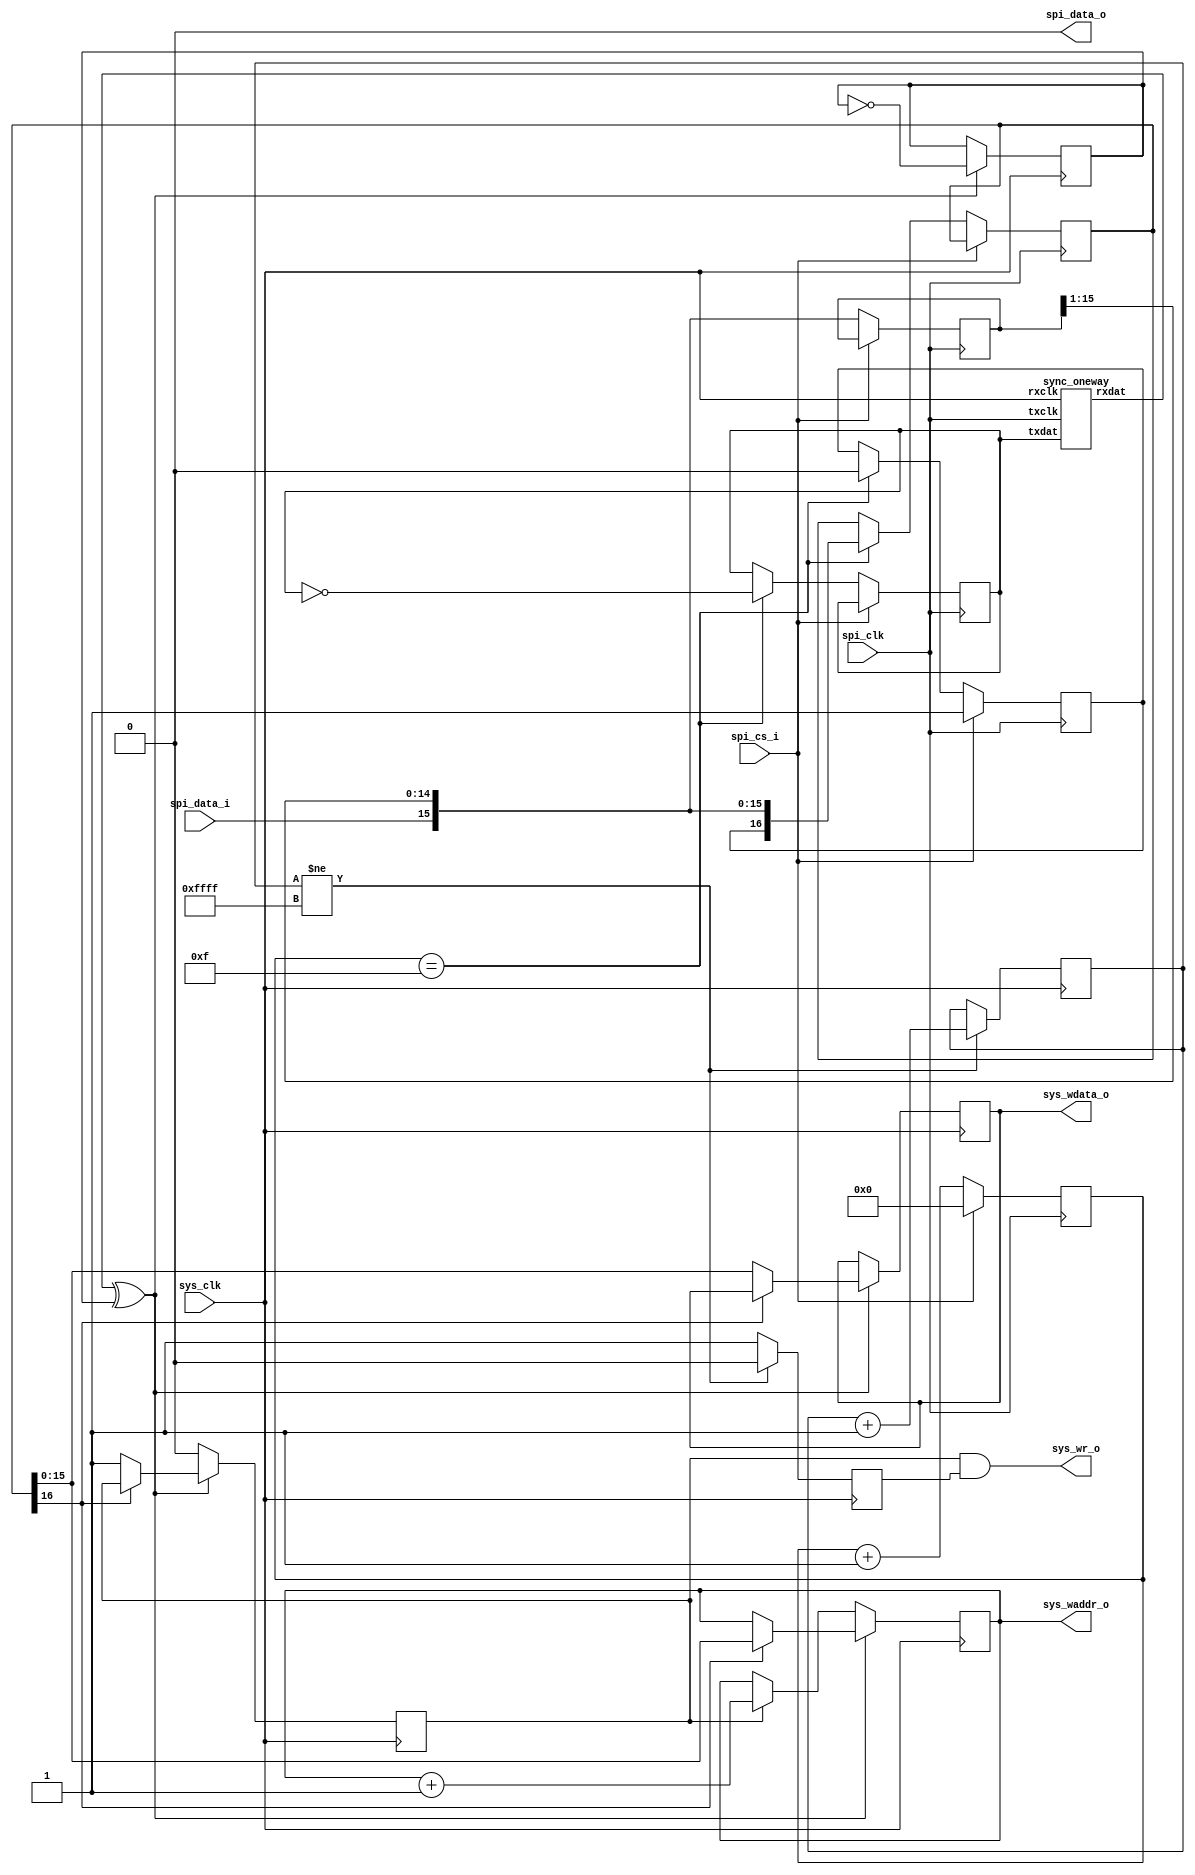
// Copyright 2015, Brian Swetland <swetland@frotz.net>
// Licensed under the Apache License, Version 2.0.

`timescale 1ns / 1ps

module spi_debug_ifc(
	input spi_clk,
	input spi_cs_i,
	input spi_data_i,
	output spi_data_o,
	input sys_clk,
	output sys_wr_o,
	output [15:0]sys_waddr_o,
	output [15:0]sys_wdata_o
	);

reg [15:0]spi_shift = 16'd0;
reg [16:0]spi_data = 17'd0;
reg [3:0]spi_count = 4'd0;
reg spi_signal = 1'd0;
reg spi_flag = 1'd0;

assign spi_data_o = 1'b0;

wire [15:0]spi_next = { spi_data_i, spi_shift[15:1] };

reg [15:0]spi_shift_next;
reg [16:0]spi_data_next;
reg [3:0]spi_count_next;
reg spi_signal_next;
reg spi_flag_next;

always @(*) begin
	spi_shift_next = spi_shift;
	spi_data_next = spi_data;
	spi_count_next = spi_count;
	spi_signal_next = spi_signal;
	spi_flag_next = spi_flag;

	if (spi_cs_i) begin
		spi_count_next = 4'd0;
		spi_flag_next = 1'b1;
	end else begin
		spi_shift_next = spi_next;
		spi_count_next = spi_count + 4'd1;
		if (spi_count == 4'd15) begin
			spi_data_next = { spi_flag, spi_next };
			spi_signal_next = ~spi_signal;
			spi_flag_next = 1'b0;
		end
	end
end

always @(posedge spi_clk) begin
	spi_shift <= spi_shift_next;
	spi_data <= spi_data_next;
	spi_count <= spi_count_next;
	spi_signal <= spi_signal_next;
	spi_flag <= spi_flag_next;
end

wire sys_signal;

sync_oneway sync_spi_sys(
	.txclk(spi_clk),
	.txdat(spi_signal),
	.rxclk(sys_clk),
	.rxdat(sys_signal)
	);

reg sys_signal_ack = 1'b0;
reg enabled = 1'b0;
reg [15:0]addr;
reg [15:0]data;
reg wr = 1'b0;

reg [15:0]addr_next;
reg [15:0]data_next;
reg enabled_next;
reg sys_signal_ack_next;
reg wr_next;

reg [15:0]delay = 16'd0;
reg [15:0]delay_next;

always @(*) begin
	delay_next = delay;
	addr_next = addr;
	data_next = data;
	sys_signal_ack_next = sys_signal_ack;
	wr_next = wr;

	// ensure we're up and running before accepting writes
	// there's got to be a nicer way to do this
	if (delay != 16'hFFFF) begin
		delay_next = delay + 1'd1;
		enabled_next = 1'b0;
	end else begin
		enabled_next = 1'b1;
	end

	if (sys_signal ^ sys_signal_ack) begin
		sys_signal_ack_next = ~sys_signal_ack;
		if (spi_data[16]) begin
			addr_next = spi_data[15:0];
		end else begin
			data_next = spi_data[15:0];
			wr_next = 1'b1;
		end
	end else begin
		if (wr) begin
			wr_next = 1'b0;
			addr_next = addr + 16'd1;
		end
	end
end

always @(posedge sys_clk) begin
	delay <= delay_next;
	addr <= addr_next;
	data <= data_next;
	enabled <= enabled_next;
	sys_signal_ack <= sys_signal_ack_next;
	wr <= wr_next;
end

assign sys_wr_o = wr & enabled;
assign sys_waddr_o = addr;
assign sys_wdata_o = data;

endmodule



module sync_oneway(
	input txclk,
	input txdat,
	input rxclk,
	output rxdat
	);

reg a = 0;

// these should be adjacent
reg b = 0, c = 0;

always @(posedge txclk)
	a <= txdat;

always @(posedge rxclk) begin
	b <= a;
	c <= b;
end

assign rxdat = c;

endmodule